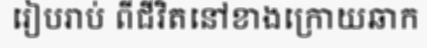
រៀបរាប់ ពីជីវិតនៅខាងក្រោយឆាក